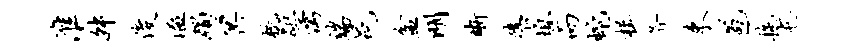
淮舛俊溢躅冥梳距儒端邑盆明晰隳熄而蛇楫斧束苞拖屯